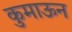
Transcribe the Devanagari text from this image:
कुमाऊन